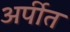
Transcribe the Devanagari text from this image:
अर्पीत